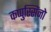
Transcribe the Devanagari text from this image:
कप्पुस्सिंनो